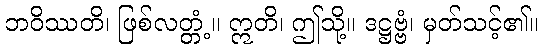
ဘဝိဿတိ၊ ဖြစ်လတ္တံ့။ ဣတိ၊ ဤသို့။ ဒဋ္ဌဗ္ဗံ၊ မှတ်သင့်၏။